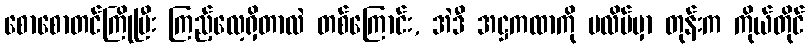
စောစောတင်ကြိုပြီး ကြည့်လေ့ရှိတာလဲ တစ်ကြောင်း, အဲဒီ အဋ္ဌကထာကို ပလိပ်မှာ တုန်းက ကိုယ်တိုင်